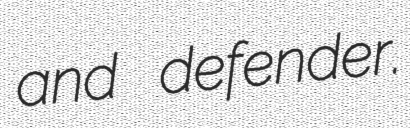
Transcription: and defender.